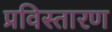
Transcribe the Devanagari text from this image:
प्रविस्तारण